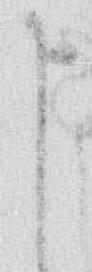
申